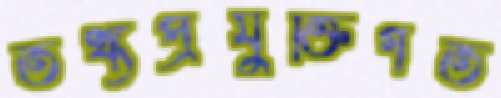
তথ্যপ্রযুক্তিগত